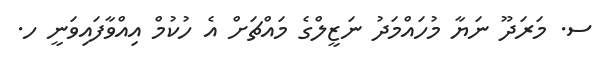
ސ. މަރަދޫ ނަޔާ މުހައްމަދު ނަޒީލްގެ މައްޗަށް އެ ހުކުމް އިއްވާފައިވަނީ ހ.